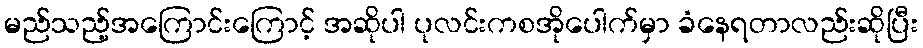
မည်သည့်အကြောင်းကြောင့် အဆိုပါ ပုလင်းကစအိုပေါက်မှာ ခံနေရတာလည်းဆိုပြီး